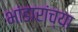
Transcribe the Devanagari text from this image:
भांडारांच्या